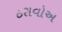
ઠરાવોઅ